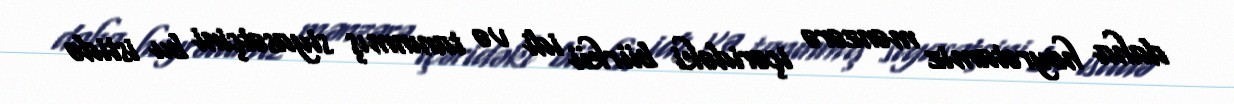
daha heyrətamiz mənzərə içəridəki bürkü idi və tanınmış siyasətçini bu istidə